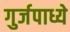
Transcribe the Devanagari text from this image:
गुर्जपाध्ये